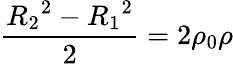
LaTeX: \frac{{R_{2}}^{2}-{R_{1}}^{2}}{2}=2\rho_{0}\rho